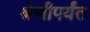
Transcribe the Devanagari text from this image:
श्रेणीपर्यंत